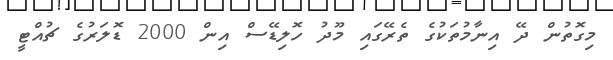
މިގޮތުން ދޭ އިނާމުތަކުގެ ތެރޭގައި މޫދު ހޮލިޑޭސް އިން 2000 ޑޮލަރުގެ ޗުއްޓީ